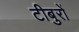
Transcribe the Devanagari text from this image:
टीबुरों